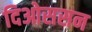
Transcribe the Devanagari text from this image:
दिओससन